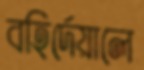
বহির্দেয়ালে